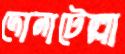
দোনাটেল্লা